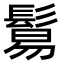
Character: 鬄